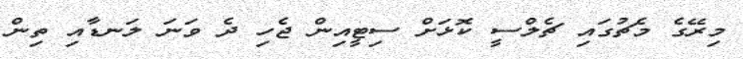
މިރޭގެ މެޗުގައި ޗެލްސީ ކޮޅަށް ސިޓީއިން ޖެހި ދެ ވަނަ ލަނޑާއި ތިން